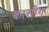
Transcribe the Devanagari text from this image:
कासीग